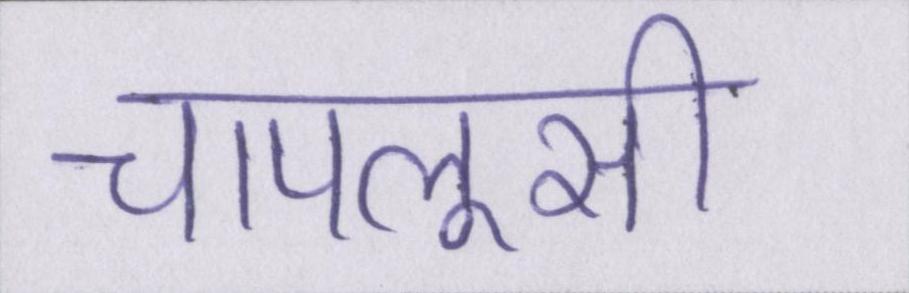
चापलूसी